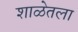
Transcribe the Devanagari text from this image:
शाळेतला